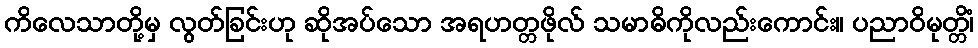
ကိလေသာတို့မှ လွတ်ခြင်းဟု ဆိုအပ်သော အရဟတ္တဖိုလ် သမာဓိကိုလည်းကောင်း။ ပညာဝိမုတ္တိံ၊